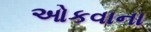
ઓકવાના